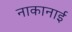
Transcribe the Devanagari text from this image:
नाकानाई